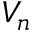
V _ { n }